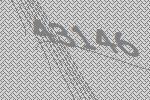
43146